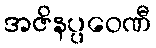
အဇိနပ္ပဝေဏီ